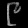
Digit: ၉